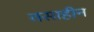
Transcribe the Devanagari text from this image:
वसाहीन